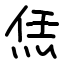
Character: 㶵